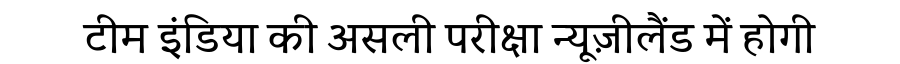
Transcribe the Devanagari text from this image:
टीम इंडिया की असली परीक्षा न्यूज़ीलैंड में होगी